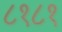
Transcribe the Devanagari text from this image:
८१८१